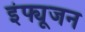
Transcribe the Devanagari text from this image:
इंफ्यूजन